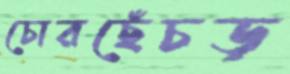
চোরছেঁচড়